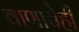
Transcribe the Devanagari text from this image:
वाणाचेही